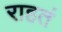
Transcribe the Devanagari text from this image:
राहतं